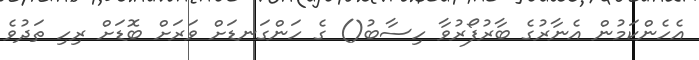
އެހެންކަމުން އެނާރުގެ ބާރުފޯރުވާ ހިސާބު() ގެ ހަންގަނޑަށް ވަރަށް ބޮޑަށް ރިހި ތަދުވެ